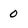
Character: 0